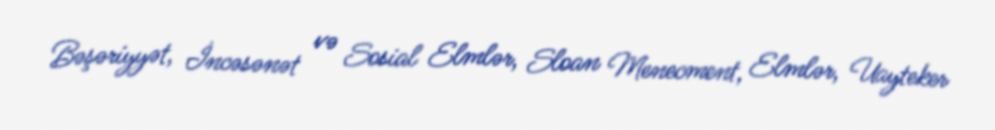
Bəşəriyyət, İncəsənət və Sosial Elmlər, Sloan Menecment, Elmlər, Uayteker